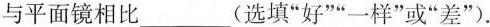
与平面镜相比\underline (选填”好””一样”或”差”)。